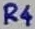
Text: R4